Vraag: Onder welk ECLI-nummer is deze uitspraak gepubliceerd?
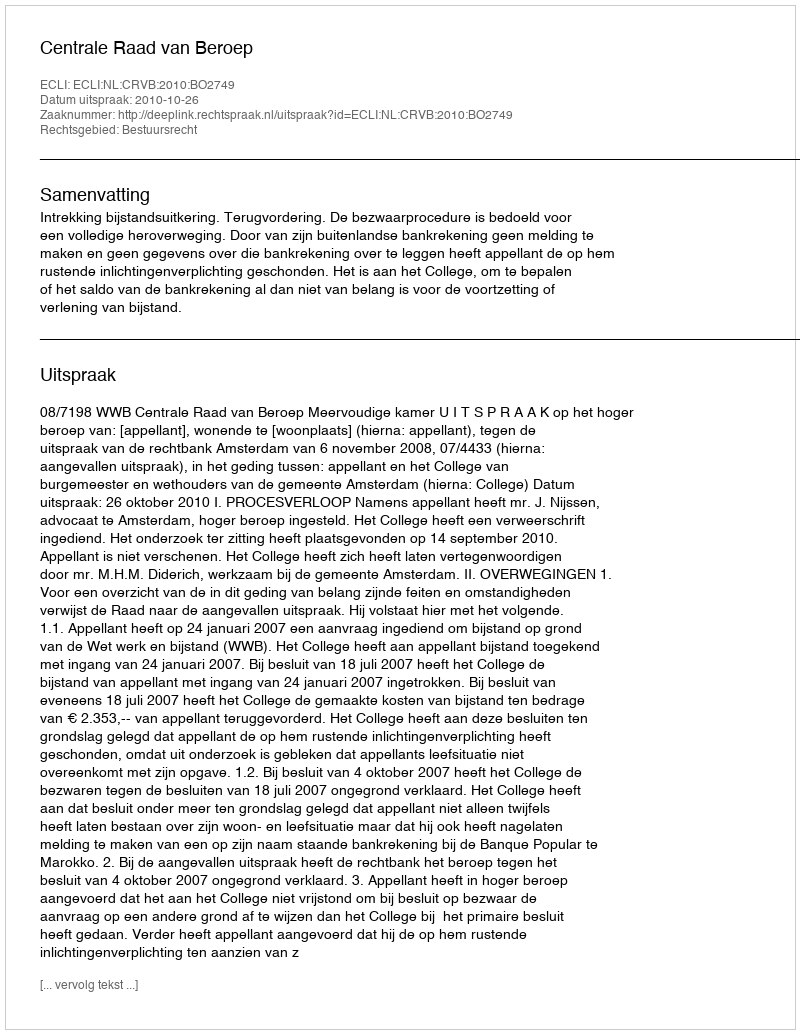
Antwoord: ECLI:NL:CRVB:2010:BO2749